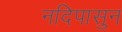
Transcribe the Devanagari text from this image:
नदिपासुन